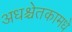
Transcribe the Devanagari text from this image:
अधश्चेतकामधे